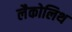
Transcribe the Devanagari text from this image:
लैकोलिथ